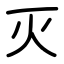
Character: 灭